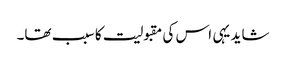
شاید یہی اس کی مقبولیت کا سبب تھا۔